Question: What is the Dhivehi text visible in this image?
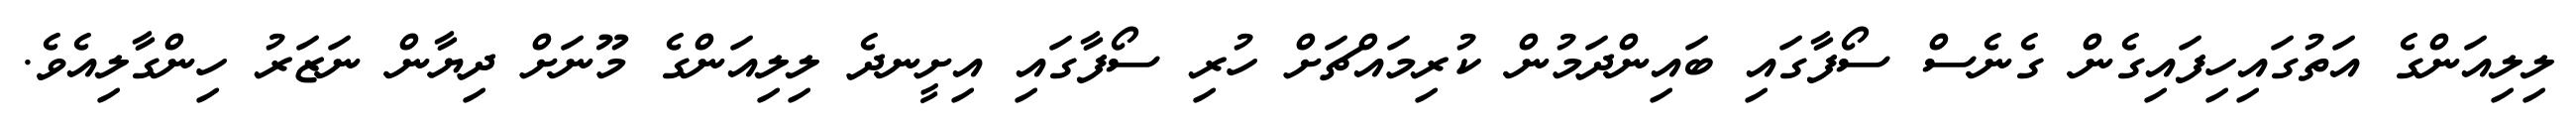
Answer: ލިލިއަންގެ އަތުގައިހިފައިގެން ގެނެސް ސޯފާގައި ބައިންދަމުން ކުރިމައްޗަށް ހުރި ސޯފާގައި އިށީނދެ ލިލިއަންގެ މޫނަށް ދިޔާން ނަޒަރު ހިންގާލިއެވެ.